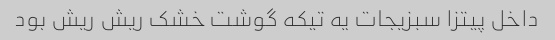
داخل پیتزا سبزیجات یه تیکه گوشت خشک ریش ریش بود